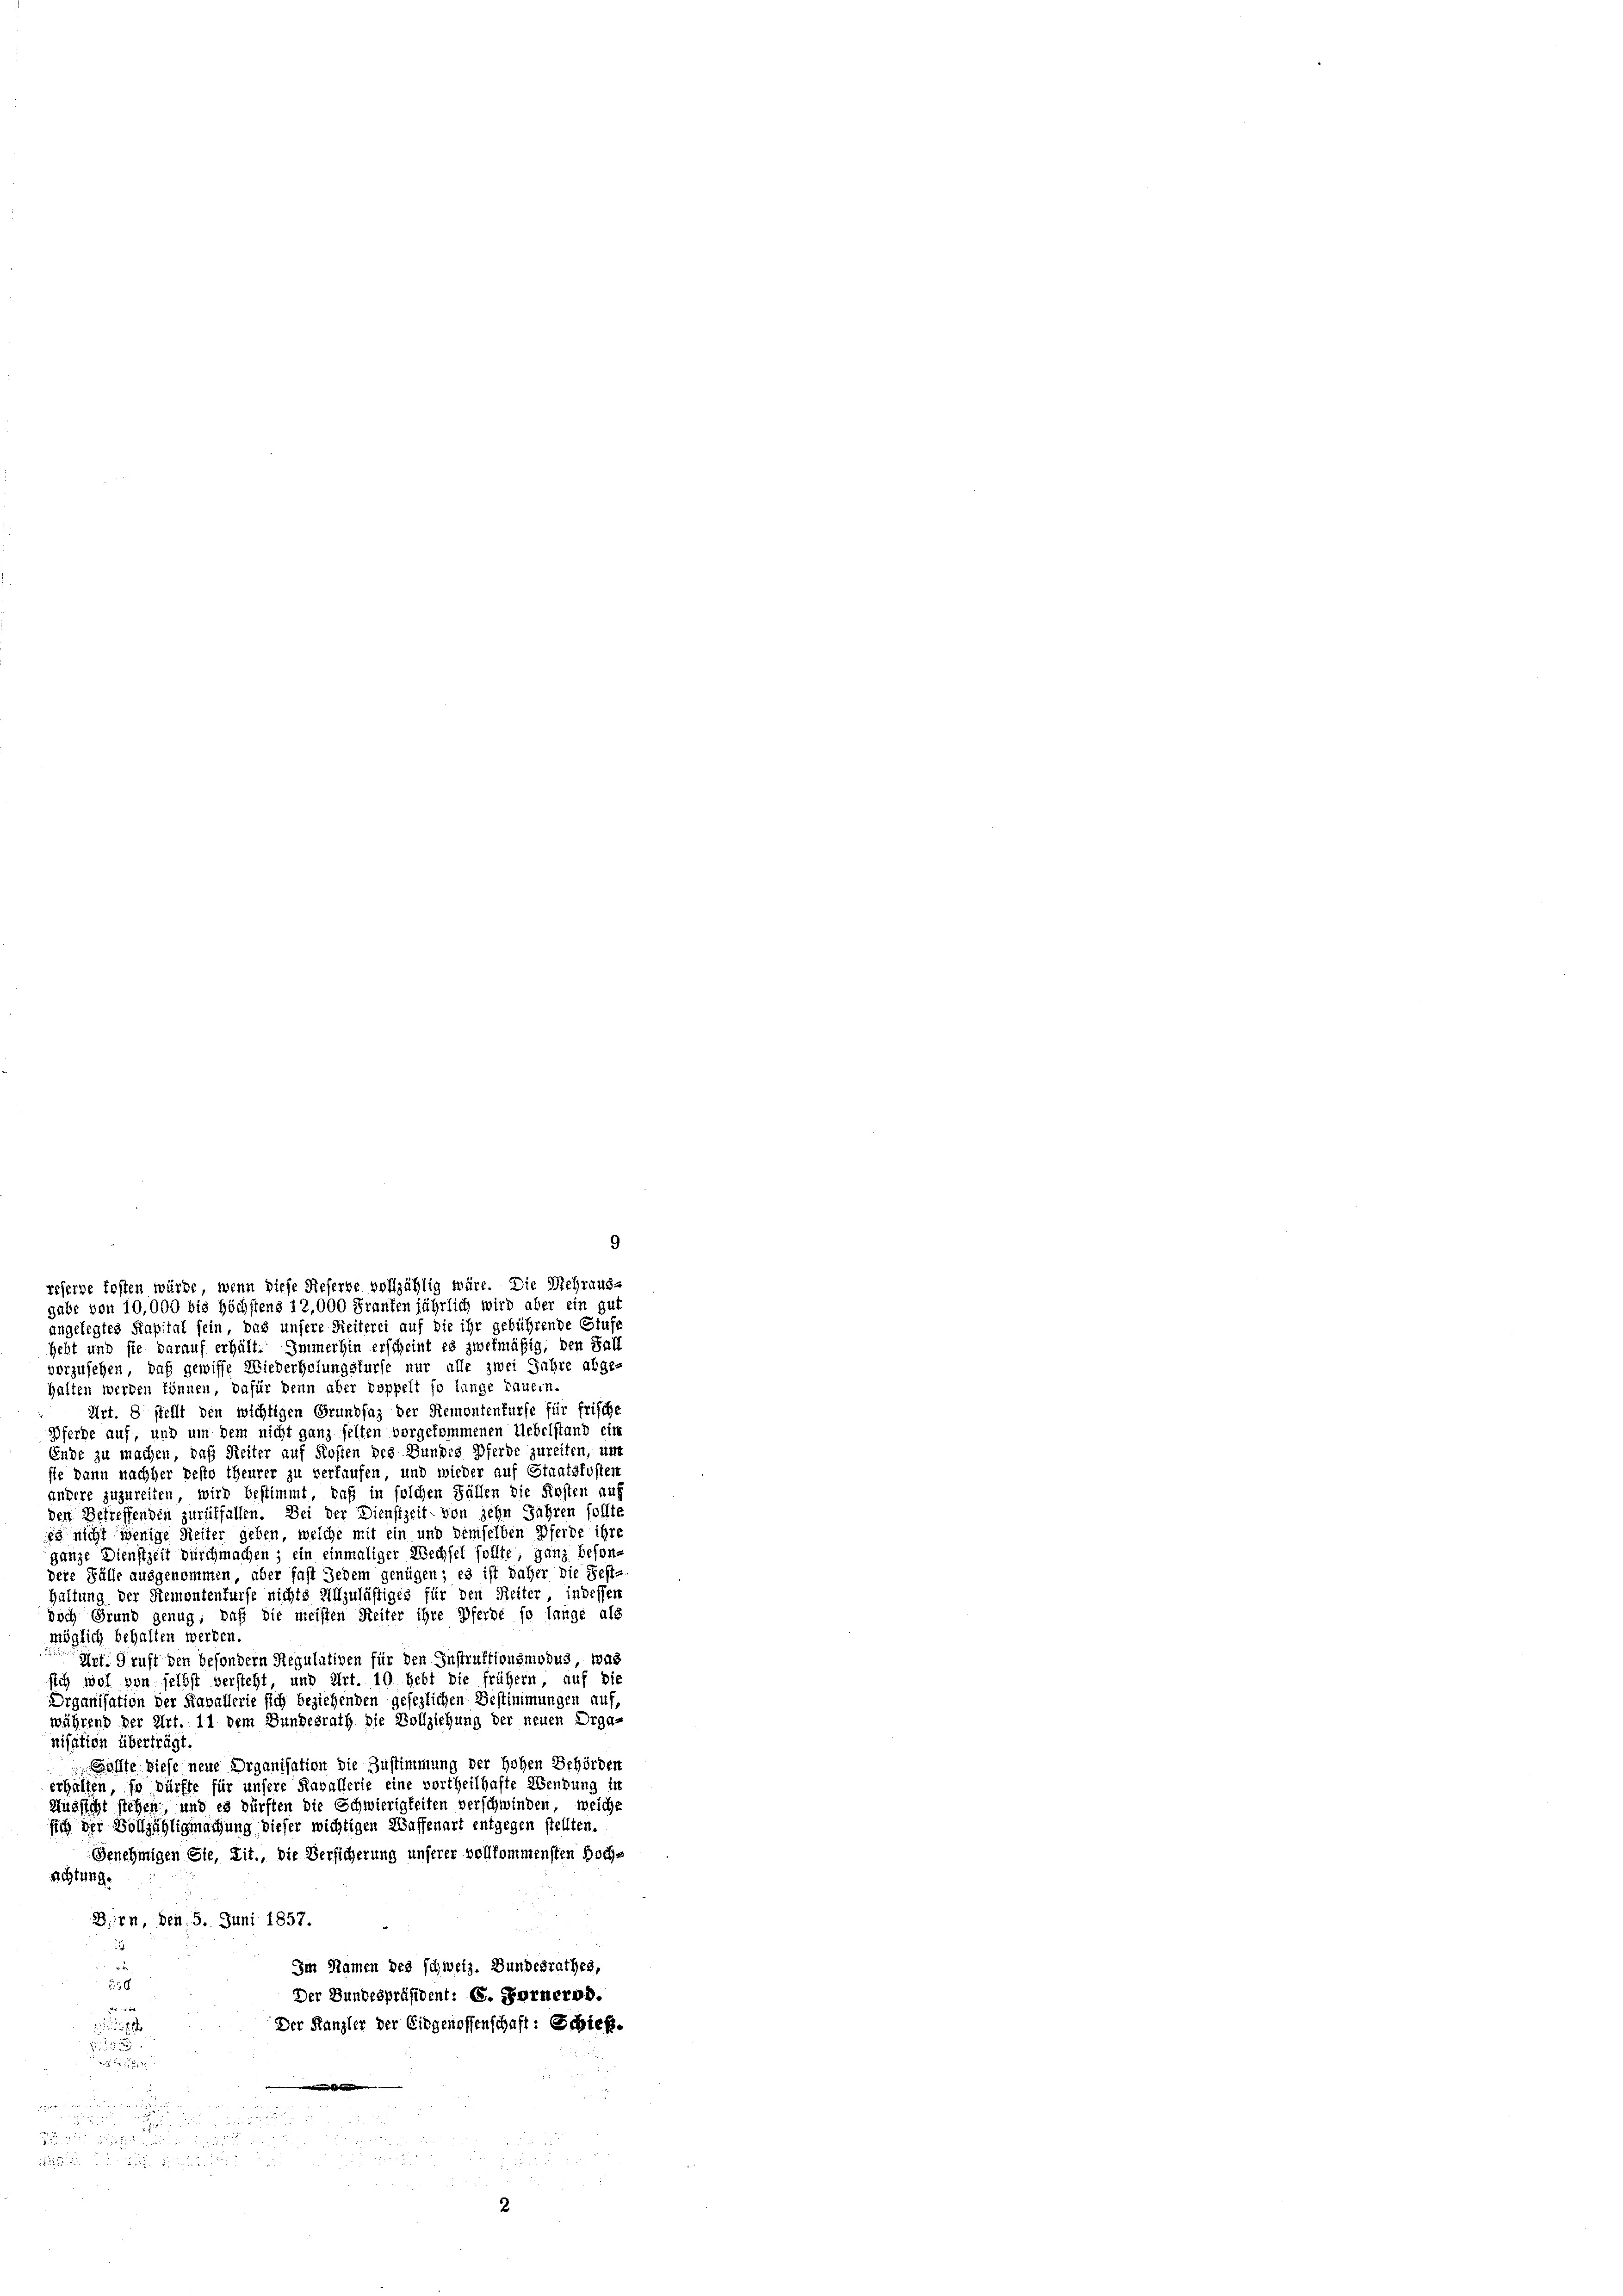
hebt und sie darauf erhält. Immerhin erscheint es zwekmäßig, den Fall
vorzusehen, daß gewisse Wiederholungsfürse nur alle zwei Jahre abge-
halten werden können, dafür denn aber doppelt so lange Dauern.
Art. 8 stellt den wichtigen Grundsaz der Remontenfurfe für frische
Pferde auf, und um dem nicht ganz felten vorgekommenen Uebelstand ein
Ende zu machen, daß Reiter auf Kosten des Bundes Pferde zureiten, um
sie dann nachher besto theurer zu verlaufen und wieder auf Staatsfosten
andere zuzureiten, wird bestimmt, daß in solchen Fällen die Finsten auf
den Betreffenden zurückfallen. Bei der Dienstzeit von zehn Jahren sollte
es nicht wenige Reiter geben, welche mit ein und demselben Pferde ihre
ganze Dienstzeit durchmachen; ein einmaliger Wechsel sollte, ganz besondere Fälle ausgenommen, aber fast Jedem genügen; es ist daher die Fest-
Haltung der Stemontenfürfe nichts Unzulästiges für den Reiter, indessen
doch Grund genug, daß die meisten Seiter ihre Pferde so lange als
möglich behalten werden.
Ant. Gruft den besondern Regulativen für den Instruktionsmodus, was
sich wol von selbst versteht, und Art. 10. hebt die frühern auf die
Organisation der Raballerie sich beziehenden gesezlichen Bestimmungen auf,
während der Art. 11 dem Bundesrath die Vollziehung der neuen Organisation überträgt.
Sollte diese neue Organisation die Zustimmung der Hohen Behörden
erhalten, so dürfte für unsere Kavallerie eine vortheilhafte Wendung in
Aussicht stehen, und es dürften die Schwierigkeiten verschwinden, weiche
sich der Vollzähligmagung dieser wichtigen Waffenart entgegen stellten.
Genehmigen Sie, Lit., die Versicherung unserer vollkommensten Hochsichtung.
Dirn, den 5. Juni 1857.

Im Namen des schweiz. Bundesrathes,
216
Der Bundespräsident: C. Fornerod.
r
Der Kanzler der Eidgenossenschaft: Schieß.

2

R

a

9
reserbe kosten würde, wenn diese Referbe vollzählig wäre. Die Mehrungs
gabe von 10,000 bis Höchstens 12,000 Franken jährlich wird aber ein gut
angelegtes Kapital sein, das unsere Reiterei auf die ihr gebührende Stufe